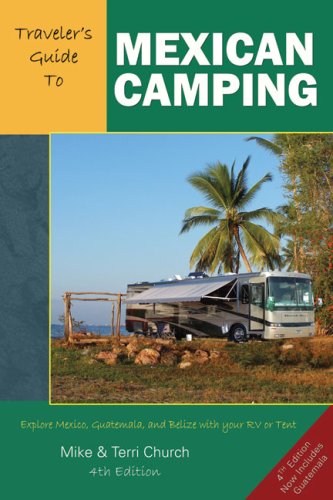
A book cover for Traveler's Guide to Mexican Camping: Explore Mexico, Guatemala, and Belize with Your RV or Tent (Traveler's Guide series); Mike Church; Sports & Outdoors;